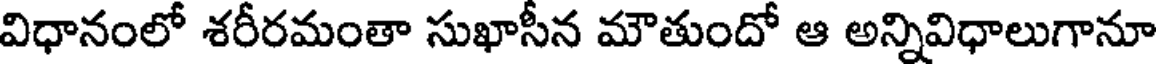
విధానంలో శరీరమంతా సుఖాసీన మౌతుందో ఆ అన్నివిధాలుగానూ